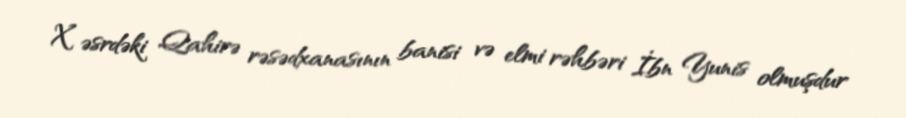
X əsrdəki Qahirə rəsədxanasının banisi və elmi rəhbəri İbn Yunis olmuşdur